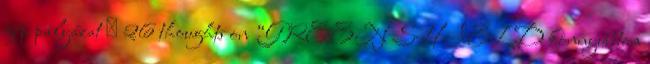
gép pályázat → 26 thoughts on “GREEN SHIELD könnyűbeton